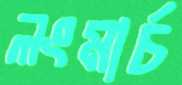
লংমার্চ